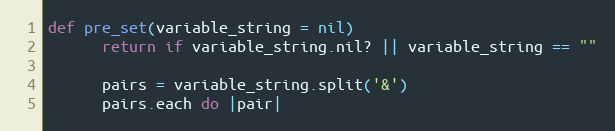
Language: Ruby
def pre_set(variable_string = nil)
      return if variable_string.nil? || variable_string == ""

      pairs = variable_string.split('&')
      pairs.each do |pair|